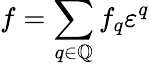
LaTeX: f=\sum_{q\in\mathbb{Q}}f_{q}\varepsilon^{q}